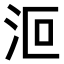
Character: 𣲳